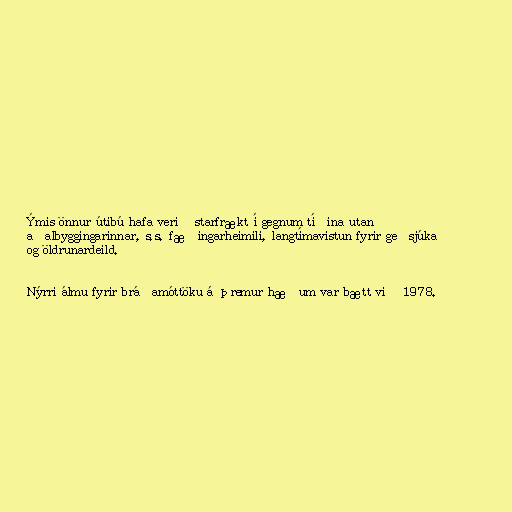
Ýmis önnur útibú hafa verið starfrækt í gegnum tíðina utan
aðalbyggingarinnar, s.s. fæðingarheimili, langtímavistun fyrir geðsjúka
og öldrunardeild.

Nýrri álmu fyrir bráðamóttöku á þremur hæðum var bætt við 1978.